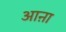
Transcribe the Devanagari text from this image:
आऩा